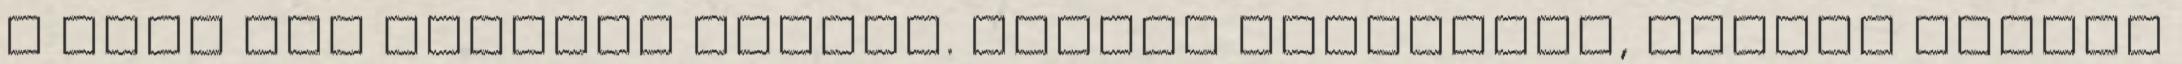
A hóna alá kellene nyúlni. Kegyes indítvány, komoly segítő